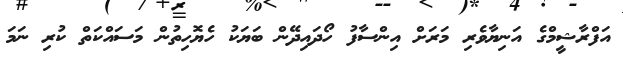
އަފްރާޝީމްގެ އަނިޔާވެރި މަރަށް އިންސާފު ހޯދައިދޭން ބަޔަކު ހެޔޮހިތުން މަސައްކަތް ކުރި ނަމަ